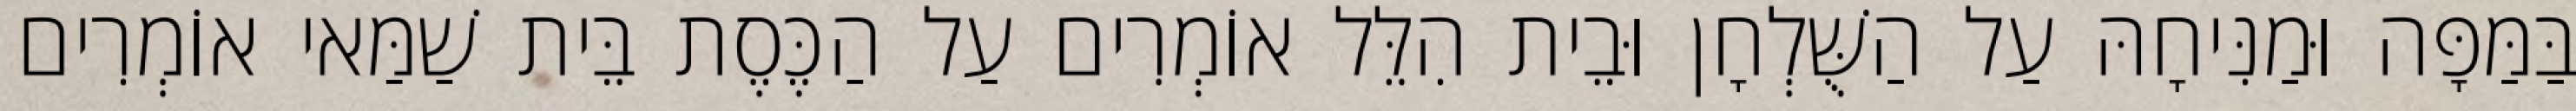
בַּמַּפָּה וּמַנִּיחָהּ עַל הַשֻּׁלְחָן וּבֵית הִלֵּל אוֹמְרִים עַל הַכֶּסֶת בֵּית שַׁמַּאי אוֹמְרִים